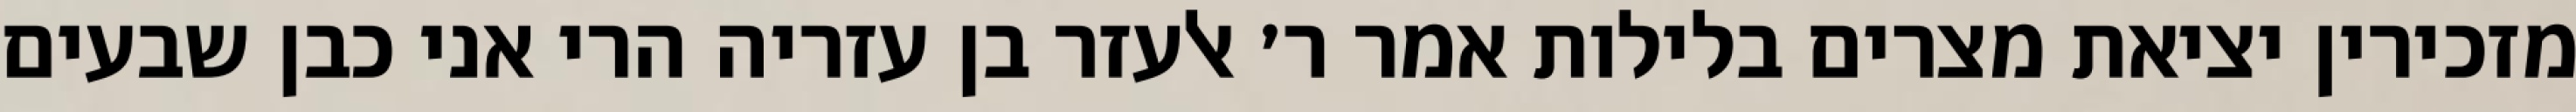
מזכירין יציאת מצרים בלילות אמר ר׳ אלעזר בן עזריה הרי אני כבן שבעים